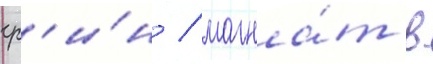
гр'и́н / магна́т в